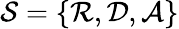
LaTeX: {\mathcal{S}}=\{ {\mathcal{R}},{\mathcal{D}},{\mathcal{A}}\}